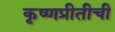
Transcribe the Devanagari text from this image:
कृष्णप्रीतीची